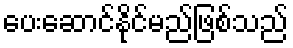
ပေးဆောင်နိုင်မည်ဖြစ်သည်